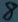
Text: 8